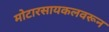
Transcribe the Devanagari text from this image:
मोटारसायकलवरून